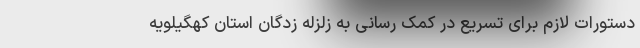
دستورات لازم برای تسریع در کمک رسانی به زلزله زدگان استان کهگیلویه